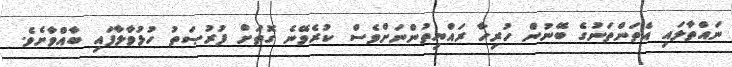
ނައްތާލައި އެތަންތަނުގެ ބޭނުން ހުރިހާ ރައްޔިތުންނަށްވެސް ކުރެވޭނެ ގޮތަށް ފުރުޞަތު ހުޅުވާލާފައި ބާއްވާށެވެ.